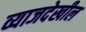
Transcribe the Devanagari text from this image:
व्याजदेखील